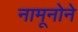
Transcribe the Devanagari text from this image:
नामूनोने